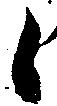
候